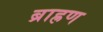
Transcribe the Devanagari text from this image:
ब्राह्रण